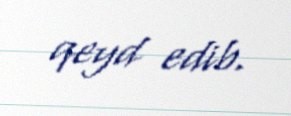
qeyd edib.